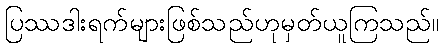
ပြဿဒါးရက်များဖြစ်သည်ဟုမှတ်ယူကြသည်။